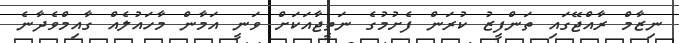
ނިޒާމް ރާއްޖޭގައި ތަންފީޒު ކުރަން ފެށުމުގެ ނަތީޖާއަކަށް ވަނީ އަމާން މާހައުލެއް ގާއިމްވެދާނެ